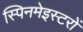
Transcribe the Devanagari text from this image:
स्पिनमेइस्टरों